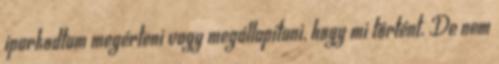
iparkodtam megérteni vagy megállapítani, hogy mi történt. De nem